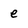
Character: e